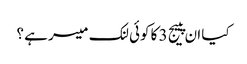
کیا ان پییج 3 کا کوئی لنک میسر ہے ؟